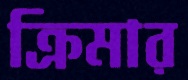
ক্রিমার